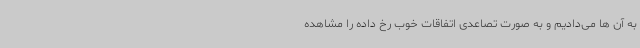
به آن ها می‌دادیم و به صورت تصاعدی اتفاقات خوب رخ داده را مشاهده